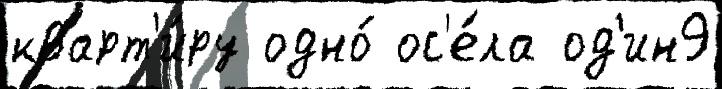
кварт'и́ру одно́ ос'е́ла од'ин9